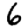
Digit: 6